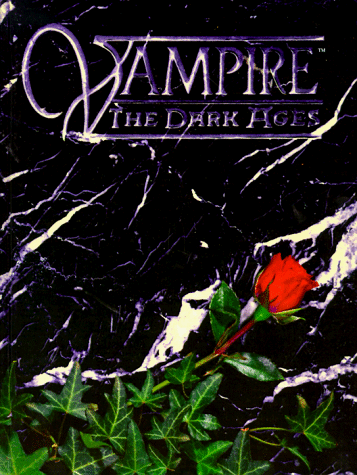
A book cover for Vampire: The Dark Ages; Jennifer Hartshorn; Science Fiction & Fantasy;